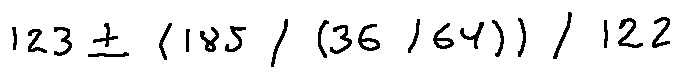
1 2 3 \pm ( 1 8 5 \div ( 3 6 \div 6 4 ) ) \div 1 2 2